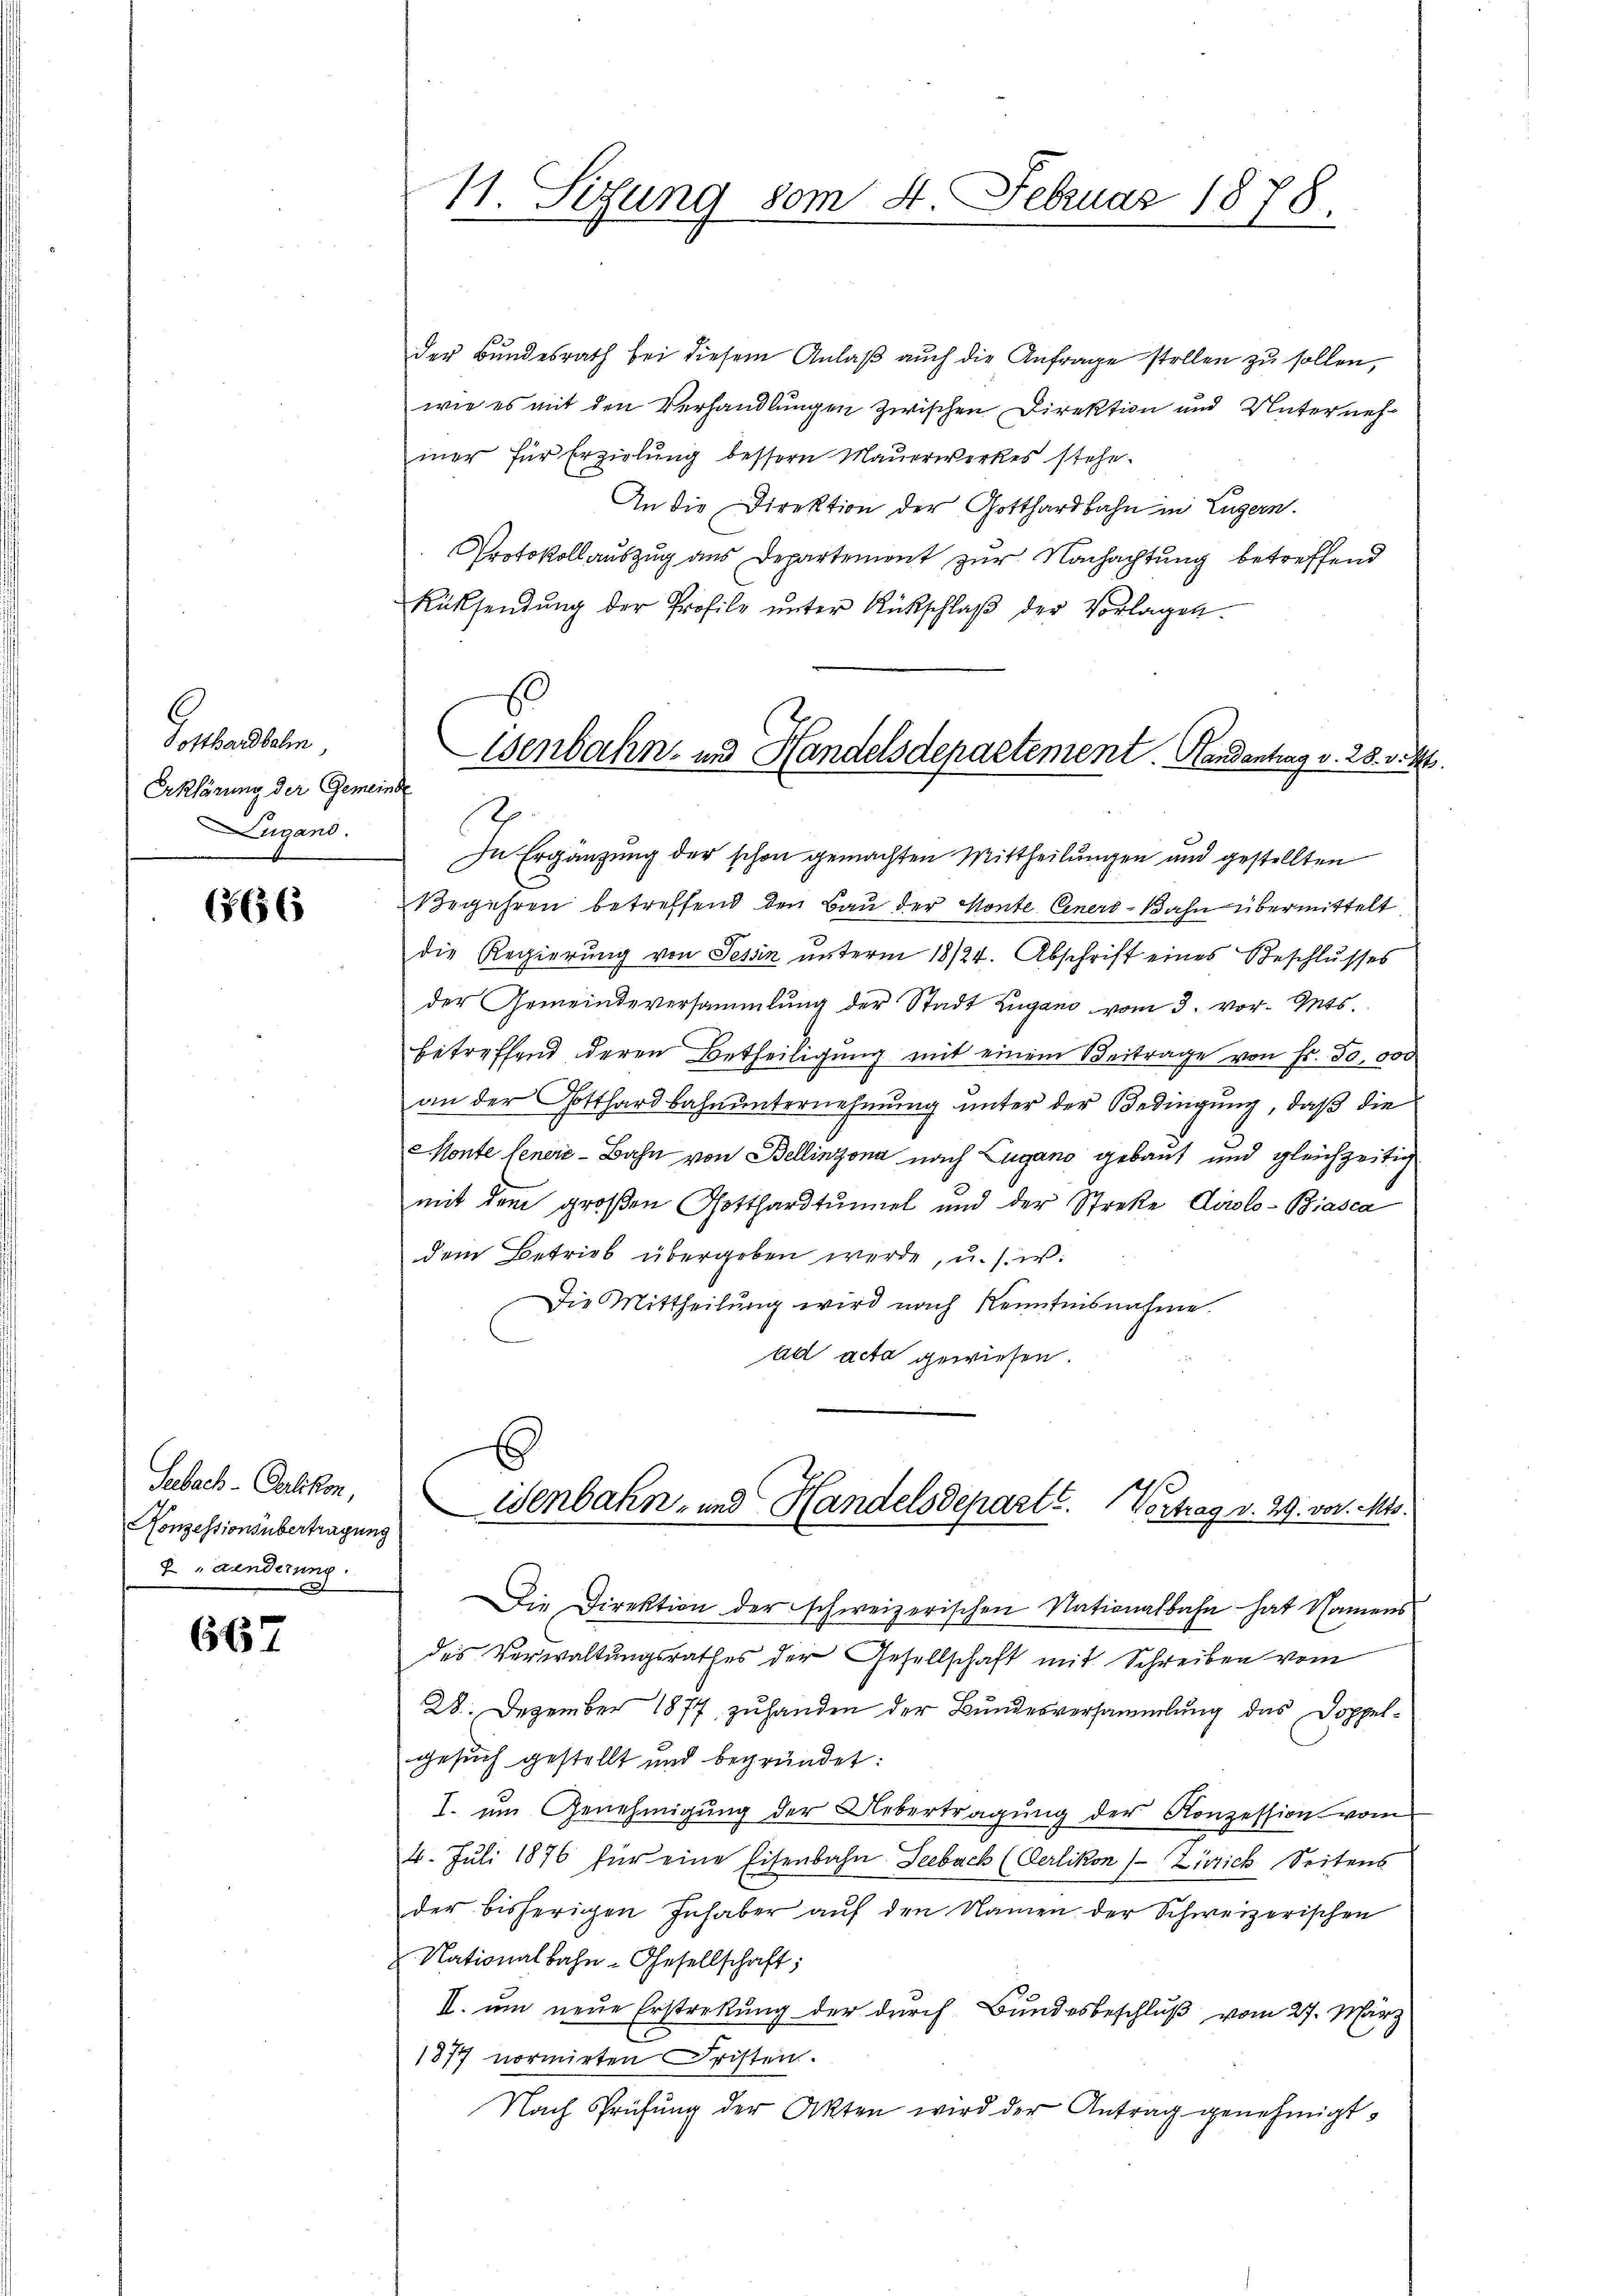
Potthardbahn,
Erkhörung der Gemeinde
Lugand.
d

666

Sebach-Oerlikon,
Konzessionsübertragung
2 Landerung.

667

der Bundesrath bei diesem Anlaβ aŭch die Anfrage stellen zu sollen,
wie es mit den Verhandlungen zwischen Direktion und Unternehmer für Erzielung bessern Mauerwerkes stehe.
An die Direktion der Gotthardbahn in Luzern.
Protokollauszug aus Departement zur Nachachtung betreffend
Rücksendŭng der Profile ŭnter Rückschlaβ der Vorlagen.
In Ergänzung der schon gemachten Mittheilungen und gestellten
Begehren betreffend den Bau der Monte Einer-Bahn übermittelt
die Regierung von Tessin unterm 18/24. Abschrift eines Beschlusses
der Gemeindeversammlung der Stadt Lugano vom 3. vor. Mts.
betreffend deren Betheiligung mit einem Beitrage von Fr. 50,000
an der Gotthardbahnunternehmung unter der Bedingung, daß die
Monte Genere - Bahn von Bellinzona nach Lugano gebaut und gleichzeitig
mit dem großen Gotthardtunnel und der Streke Airolo-Biasca
dem Betrieb übergeben werde, u. s. w.
Die Mittheilung wird nach Kenntnisnahme.
ad acta gewiesen
Wenbahn- und Handelsdeparte. Vortrag v. 29. vor. Mts.
Die Direktion der schweizerischen Nationalbahn hat Namens
des Verwaltungsrathes der Gesellschaft mit Schreiben vom
28. Dezember 1877 zuhanden der Bundesversammlung das Doppelgesuch gestellt und begründet:
I. um Genehmigung der Uebertragung der Konzession vom
4. Juli 1876 für eine Eisenbahn Seebach (Oerlikon (Zürich Seitens
der bisherigen Inhaber auf den Namen der Schweizerischen
 Nationalbahn-Gesellschaft;
II. um neue Erstreckung der durch Bundesbeschluß vom 27. März
1877 normirten Fristen.
Nach Prüfung der Akten wird der Antrag genehmigt.

11. Sizung vom 4. Februar 1878

Wenbahn- und Handelsdepartement. Handentrag v. 28. v. M.
o